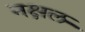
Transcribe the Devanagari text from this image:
नक्षल